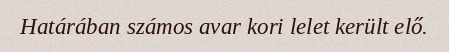
Határában számos avar kori lelet került elő.